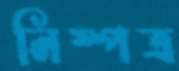
নিষ্পত্র